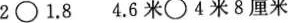
$$2\bigcirc1.8$$ $$4.6米\bigcirc4米8厘米$$